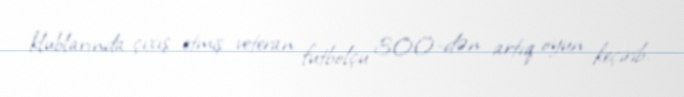
klublarında çıxış etmiş veteran futbolçu 300-dən artıq oyun keçirib.